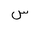
Letter: _sin